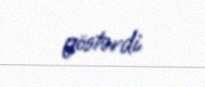
göstərdi.